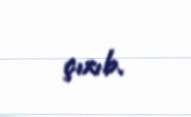
çıxıb.